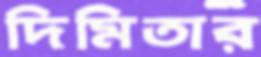
দিমিতার